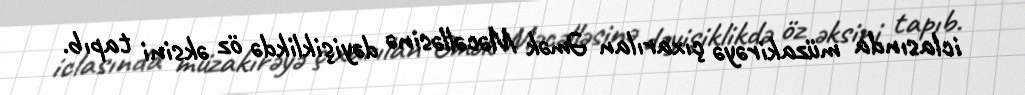
iclasında müzakirəyə çıxarılan Əmək Məcəlləsinə dəyişiklikdə öz əksini tapıb.